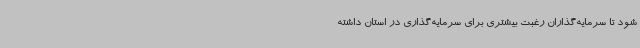
شود تا سرمایه‌گذاران رغبت بیشتری برای سرمایه‌گذاری در استان داشته